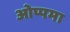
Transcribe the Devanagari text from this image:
ओप्पमा